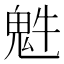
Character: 𩲍